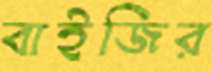
বাইজির